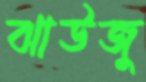
ঝাউজু